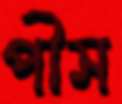
পীস